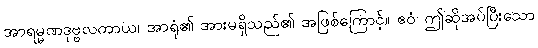
အာရမ္မဏဒုဗ္ဗလတာယ၊ အာရုံ၏ အားမရှိသည်၏ အဖြစ်ကြောင့်။ ဧဝံ၊ ဤဆိုအပ်ပြီးသော